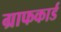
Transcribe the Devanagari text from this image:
ग्राफकार्ड